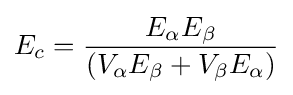
E_{c}={\frac {E_{\alpha }E_{\beta }}{(V_{\alpha }E_{\beta }+V_{\beta }E_{\alpha })}}